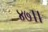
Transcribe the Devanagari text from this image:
४७।।